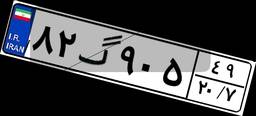
۸۲گ۹۰۵۴۹